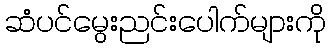
ဆံပင်မွေးညင်းပေါက်များကို